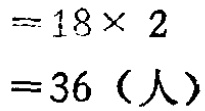
\[
\begin{align*}
&=18\times 2\\
&=36 \text{（人）}
\end{align*}
\]